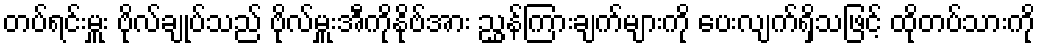
တပ်ရင်းမှူး ဗိုလ်ချုပ်သည် ဗိုလ်မှူးအီကိုနိုဗ်အား ညွှန်ကြားချက်များကို ပေးလျက်ရှိသဖြင့် ထိုတပ်သားကို